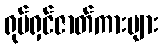
ရုပ်ရှင်ဇာတ်ကားများ